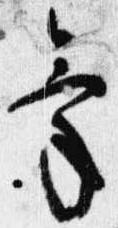
気